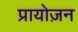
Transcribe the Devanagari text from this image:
प्रायोज़न